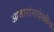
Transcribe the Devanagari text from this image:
आजारांनादेखील